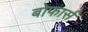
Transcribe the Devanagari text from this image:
बोफार्स